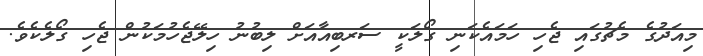
މިއަދުގެ މެޗުގައި ޖެހި ހަމައެކަނި ގޯލަކީ ސަރބިއާއަށް ލިބުނު ހިލޭޖެހުމަކުން ޖެހި ގޯލެކެވެ.